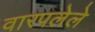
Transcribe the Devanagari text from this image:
वारपलेले